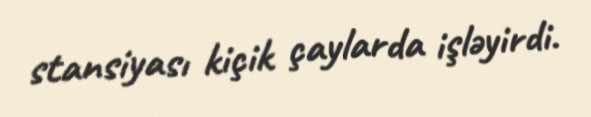
stansiyası kiçik çaylarda işləyirdi.